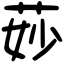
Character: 𦯷